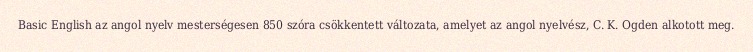
Basic English az angol nyelv mesterségesen 850 szóra csökkentett változata, amelyet az angol nyelvész, C. K. Ogden alkotott meg.